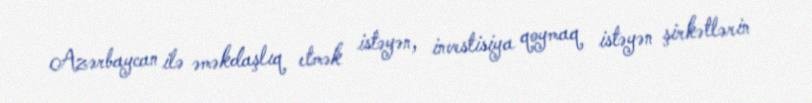
Azərbaycan ilə əməkdaşlıq etmək istəyən, investisiya qoymaq istəyən şirkətlərin